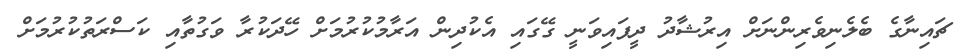
ޗައިނާގެ ބެލެނިވެރިންނަށް އިރުޝާދު ދީފައިވަނީ ގޭގައި އެކުދިން އަރާމުކުރުމަށް ހޭދަކުރާ ވަގުތާއި ކަސްރަތުކުރުމަށް